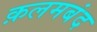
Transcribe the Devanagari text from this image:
क़लमबंद